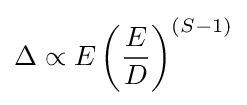
\Delta \propto E\left({\frac {E}{D}}\right)^{(S-1)}